King Institute of Preventive Medicine Bacteriolog. Section reports 1907-08
Year: 1907
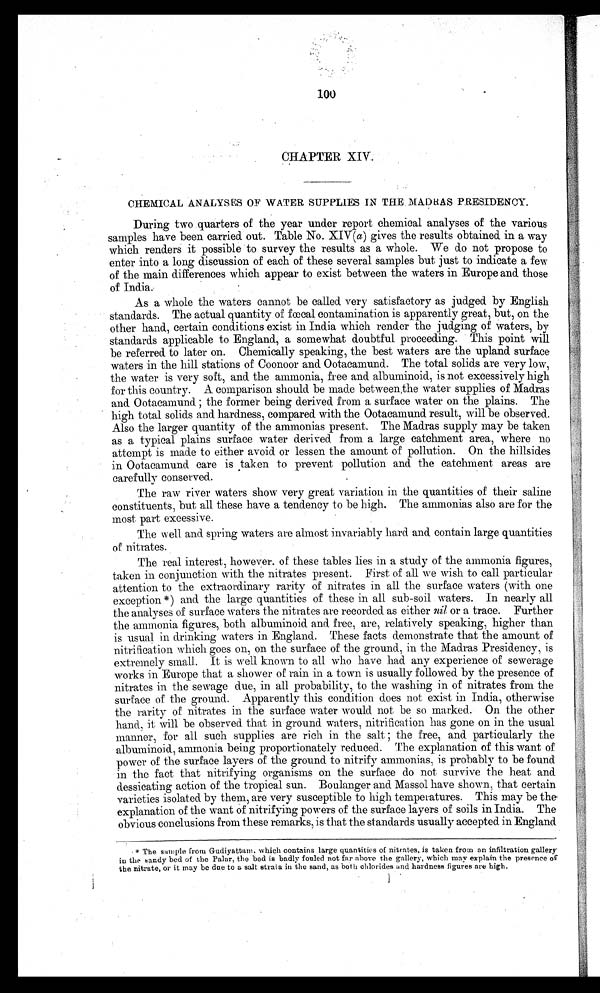
100
CHAPTER XIV.
CHEMICAL ANALYSES OF WATER SUPPLIES IN THE, MADRAS PRESIDENCY.
During two quarters of the year under report chemical analyses of the various
samples have been carried. out. Table No. XIV( a) gives the results obtained. in a way
which renders it possible to survey the results as a whole. We do not propose to
enter into a long discussion of each of these several samples but just to indicate a few
of the main differences which appear to exist between the waters in Europe and those
of India.
As a whole the waters cannot be called very satisfactory as judged. by English
standards. The actual quantity of fœcal contamination is apparently great, but, on the
other hand, certain conditions exist in India which render the judging of waters, by
standards applicable to England, a somewhat doubtful proceeding. This point will
be referred to later on. Chemically speaking, the best waters are the upland. surface
waters in the hill stations of Coonoor and Ootacamund. The total solids are very low,
the water is very soft, and the ammonia, free and albuminoid, is not excessively high
for this country. A comparison should be made between the water supplies of Madras
a nd Oot a c a mund; t h e f o r me r b e i n g d e r i v e d f r o m a . s u r f a c e wa t e r o n t h e p l a i n s . Th e
hi gh t ot al sol i ds and hardness, compared wi t h t he Oot acamund resul t , wi l l be observed.
Also the larger quantity of the ammonias present. The Madras supply may be taken
as a typical plains surface water derived from a large catchment area, where no
attempt is made to either avoid or lessen the amount of pollution. On the hillsides
in Ootacamund care is taken to prevent pollution and the catchment areas are
carefully conserved.
The raw river waters show very great variation in the quantities of their saline
constituents, but all these have a tendency to be high. The ammonias also are for the
most part excessive.
The well and spring waters are almost invariably hard and contain large quantities
of nitrates.
The real interest, however. of these tables lies in a study of the ammonia figures,
taken in conjunction with the nitrates present. First of all we wish to call particular
attention to the extraordinary rarity of nitrates in all the surface waters (with one
exception *) and. the large quantities of these in all sub-soil waters. In nearly all
the analyses of surface waters the nitrates are recorded as either nil or a trace. Further
the ammonia figures, both albuminoid and free, are, relatively speaking, higher than
is usual in drinking waters in England. These facts demonstrate that the amount of
nitrification which goes on, on the surface of the ground, in the Madras Presidency, is
extremely small. It is well known to all who have had any experience of sewerage
works in Europe that a shower of rain in a town is usually followed by the presence of
nitrates in the sewage due, in all probability, to the washing in of nitrates from the
surface of the ground. Apparently this condition does not exist in India, otherwise
the rarity of nitrates in the surface water would not be so marked. On the other
hand, it will be observed that in ground waters, nitrification has gone on in the usual
manner, for all such supplies are rich in the salt ; the free, and particularly the
albuminoid, ammonia being proportionately reduced. The explanation of this want of
power of the surface layers of the ground to nitrify ammonias, is probably to be found
in the fact that nitrifying organisms on the surface do not survive the heat and
dessicating action of the tropical sun. Boulanger and Massol have shown, that certain
varieties isolated by them, are very susceptible to high temperatures. This may be the.
explanation of the want of nitrifying powers of the surface layers of soils in India. The
obvious conclusions from these remarks, is that the standards usually accepted in England
*The sample from Gudiyattam. which contains large quantities of nitrates, is taken from an infiltration gallery
in the sandy bed of the Palar, the bed is badly fouled not far above the gallery, which may explain the presence of
the nitrate, or it may be due to a salt strata in the sand, as both chlorides and hardness figures are high.